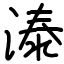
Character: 溙